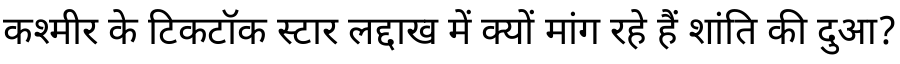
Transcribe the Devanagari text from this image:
कश्मीर के टिकटॉक स्टार लद्दाख में क्यों मांग रहे हैं शांति की दुआ?